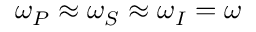
\omega _ { P } \approx \omega _ { S } \approx \omega _ { I } = \omega